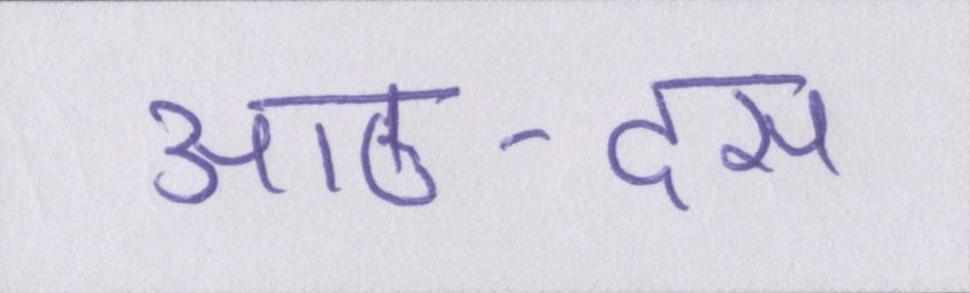
आठ-दस